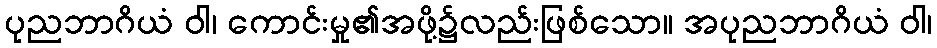
ပုညဘာဂိယံ ဝါ၊ ကောင်းမှု၏အဖို့၌လည်းဖြစ်သော။ အပုညဘာဂိယံ ဝါ၊